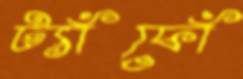
ট্যাঁফোঁ